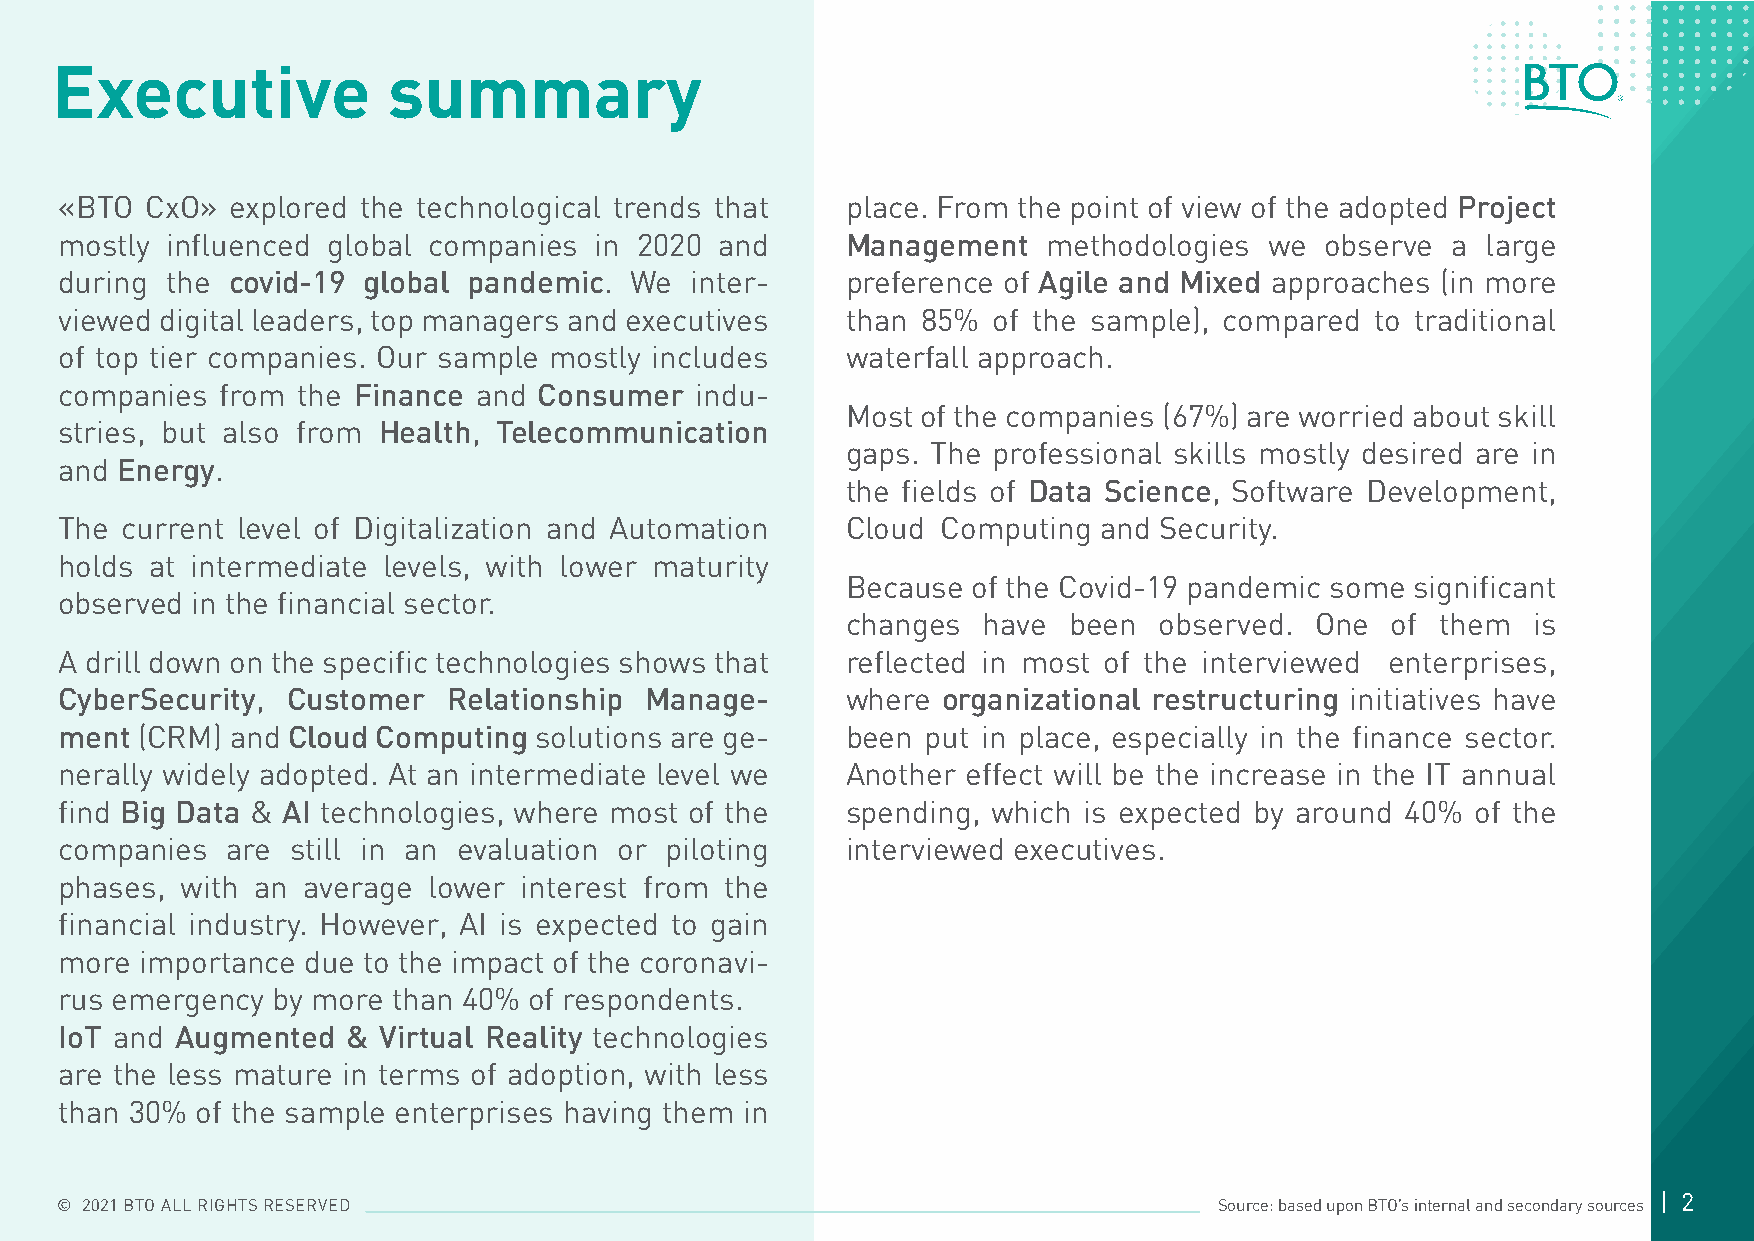
Executive              summary
 «BTO  CxO» explored the technological trends that   place. From the point of view of the adopted Project
 mostly influenced global companies in 2020  and     Management   methodologies  we  observe a large
 during the covid-19 global pandemic.  We  inter-    preference of Agile and Mixed approaches (in more
 viewed digital leaders, top managers and executives than 85%  of the sample), compared to traditional
 of top tier companies. Our sample mostly includes   waterfall approach.
 companies  from the Finance and Consumer  indu-
 Most of the companies (67%) are worried about skill
 stries, but also from Health, Telecommunication
 gaps. The professional skills mostly desired are in
 and Energy.
 the fields of Data Science, Software Development,
 The current level of Digitalization and Automation  Cloud Computing  and Security.
 holds at intermediate levels, with lower maturity
 Because of the Covid-19 pandemic some significant
 observed in the financial sector.
 changes  have  been  observed. One  of them   is
 A drill down on the specific technologies shows that reflected in most of the interviewed enterprises,
 CyberSecurity, Customer   Relationship Manage-      where organizational restructuring initiatives have
 ment (CRM) and Cloud Computing solutions are ge-    been put in place, especially in the finance sector.
 nerally widely adopted. At an intermediate level we Another effect will be the increase in the IT annual
 find Big Data & AI technologies, where most of the  spending, which is expected by around 40% of the
 companies  are still in an evaluation or piloting   interviewed executives.
 phases, with an average lower  interest from the
 financial industry. However, AI is expected to gain
 more importance due to the impact of the coronavi-
 rus emergency by more than 40% of respondents.
 IoT and Augmented  & Virtual Reality technologies
 are the less mature in terms of adoption, with less
 than 30% of the sample enterprises having them in
 | 2
 © 2021 BTO ALL RIGHTS RESERVED                                               Source: based upon BTO’s internal and secondary sources